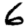
Digit: 6